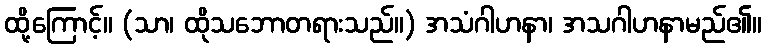
ထို့ကြောင့်။ (သာ၊ ထိုသဘောတရားသည်။) အသံဂါဟနာ၊ အသဂါဟနာမည်၏။